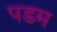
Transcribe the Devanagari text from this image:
पडम